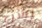
يشرح